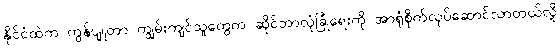
နိုင်ငံထဲက ကွန်ပျူတာ ကျွမ်းကျင်သူတွေက ဆိုင်ဘာလုံခြုံရေးကို အာရုံစိုက်လုပ်ဆောင်လာတယ်လို့